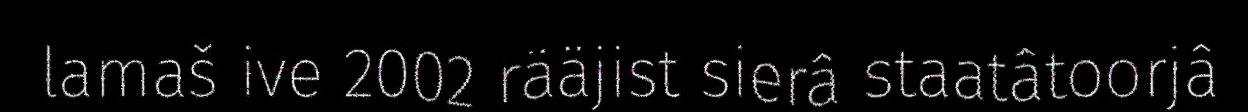
lamaš ive 2002 rääjist sierâ staatâtoorjâ